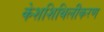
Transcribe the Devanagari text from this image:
केशशिथिलीकरण